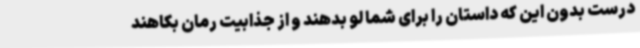
درست بدون این که داستان را برای شما لو بدهند و از جذابیت رمان بکاهند